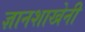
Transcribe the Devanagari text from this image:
ज्ञानशाखेनी